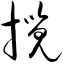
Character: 揽